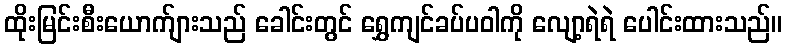
ထိုးမြင်းစီးယောက်ျားသည် ခေါင်းတွင် ရွှေကျင်ခပ်ပဝါကို လျော့ရဲရဲ ပေါင်းထားသည်။